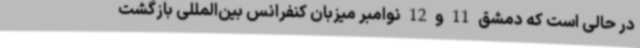
در حالی است که دمشق 11 و 12 نوامبر میزبان کنفرانس بین‌المللی بازگشت